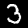
Label: 3